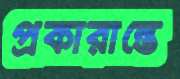
প্রকারান্তে